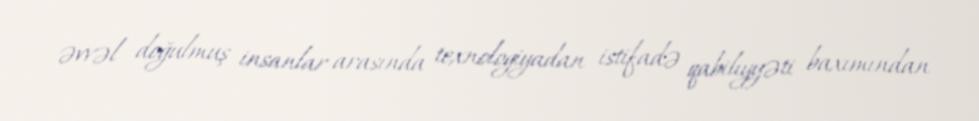
əvvəl doğulmuş insanlar arasında texnologiyadan istifadə qabiliyyəti baxımından